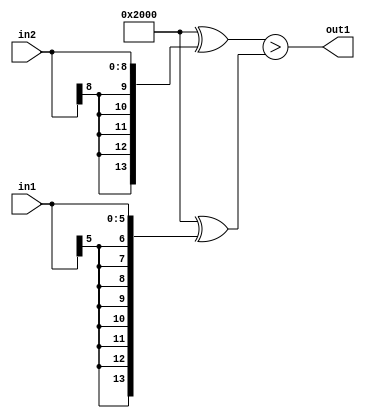
`timescale 1ps / 1ps
/*****************************************************************************
    Verilog RTL Description
    
    
    Created by: CellMath Designer 2019.1.01 
*******************************************************************************/

module float2fix_GreaterThan_9Sx6S_1U_4 (
	in2,
	in1,
	out1
	); /* architecture "behavioural" */ 
input [8:0] in2;
input [5:0] in1;
output  out1;
wire  asc001;

assign asc001 = ((14'B10000000000000 ^ {{5{in2[8]}}, in2})>(14'B10000000000000 ^ {{8{in1[5]}}, in1}));

assign out1 = asc001;
endmodule

/* CADENCE  ubn3TgA= : u9/ySgnWtBlWxVPRXgAZ4Og= ** DO NOT EDIT THIS LINE ******/